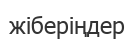
жіберіңдер